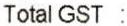
TOTAL GST :